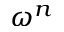
\omega ^ { n }